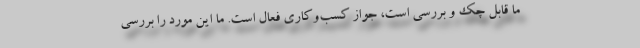
ما قابل چک و بررسی است، جواز کسب‌وکاری فعال است. ما این مورد را بررسی